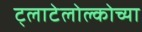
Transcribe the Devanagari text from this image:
ट्लाटेलोल्कोच्या